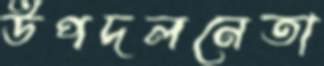
উপদলনেতা